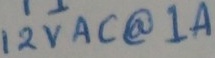
Text: 12VAC@1A